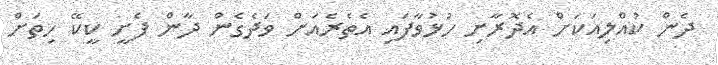
ދެން ކުއްލިއަކަށް އެދޮރާށި ހުޅުވާފައި އެތެރެއަށް ވަދެގެން ދާން ފެށީ ކީކޭ ހިތަށް